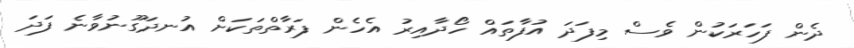
ދެން ފަހަރަކުން ވެސް މިފަދަ އުފާތައް ހޯދާއިރު އެހެން ފަރާތްތަކަށް އުނދަގޫނުވާނެ ފަދަ